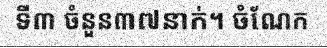
ទី៣ ចំនួន៣៧នាក់។ ចំណែក